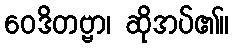
ဝေဒိတဗ္ဗာ၊ ဆိုအပ်၏။